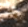
أهل